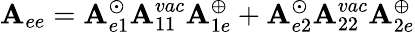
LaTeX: \mathbf{A}_{ee}=\mathbf{A}_{e1}^{\odot}\mathbf{A}_{11}^{vac}\mathbf{A}_{1e}^{\oplus}+\mathbf{A}_{e2}^{\odot}\mathbf{A}_{22}^{vac}\mathbf{A}_{2e}^{\oplus}